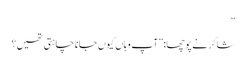
”
شاکر نے پوچھا:”آپ وہاں کیوں جانا چاہتی تھیں؟